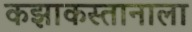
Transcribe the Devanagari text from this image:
कझाकस्तानाला